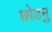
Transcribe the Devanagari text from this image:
छोडनु